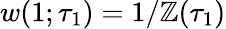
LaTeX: w(1;\tau_{1})=1/\mathbb{Z}(\tau_{1})